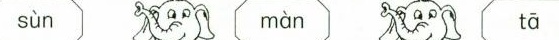
sùn màn tā